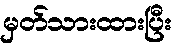
မှတ်သားထားပြီး